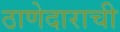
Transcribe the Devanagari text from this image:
ठाणेदाराची